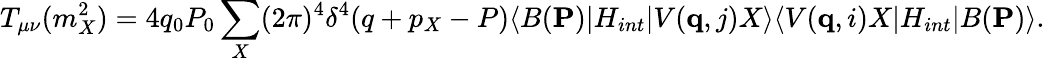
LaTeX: T_{\mu\nu}(m_{X}^{2})=4q_{0}P_{0}\sum_{X}(2\pi)^{4}\delta^{4}(q+p_{X}-P)\langle B({\mathbf P})|H_{int}|V({\mathbf q},j)X\rangle\langle V({\mathbf q},i)X|H_{int}|B({\mathbf P})\rangle.